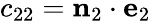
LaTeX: c_{22}=\mathbf{n}_{2}\cdot\mathbf{e}_{2}